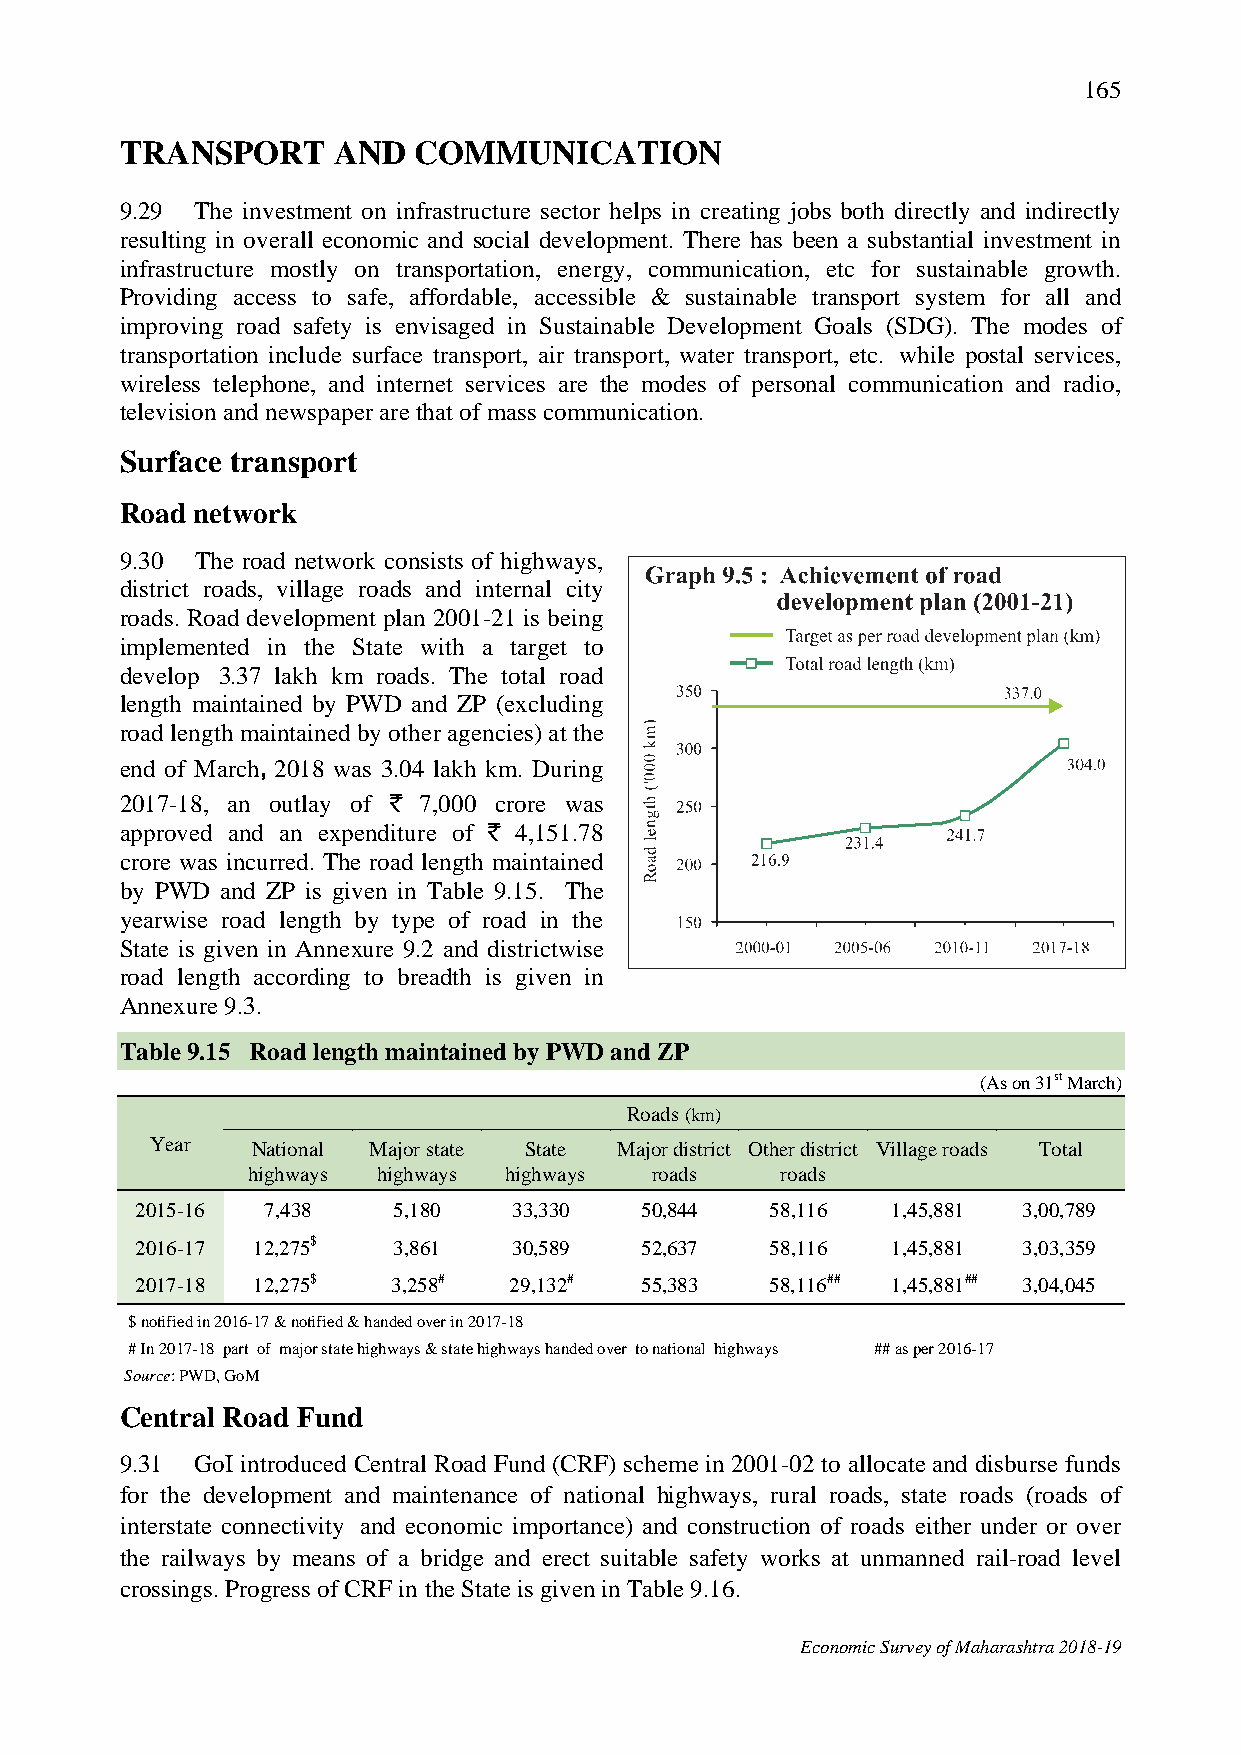
165
 TRANSPORT     AND  COMMUNICATION
 9.29 The investment on infrastructure sector helps in creating jobs both directly and indirectly
 resulting in overall economic and social development. There has been a substantial investment in
 infrastructure mostly on transportation, energy, communication, etc for sustainable growth.
 Providing access to safe, affordable, accessible & sustainable transport system for all and
 improving road safety is envisaged in Sustainable Development Goals (SDG). The modes of
 transportation include surface transport, air transport, water transport, etc. while postal services,
 wireless telephone, and internet services are the modes of personal communication and radio,
 television and newspaper are that of mass communication.
 Surface transport
 Road network
 9.30 The road network consists of highways,
 district roads, village roads and internal city
 roads. Road development plan 2001-21 is being
 implemented in the State with a target to
 develop 3.37 lakh km roads. The total road
 length maintained by PWD and ZP (excluding
 road length maintained by other agencies) at the
 end of March, 2018 was 3.04 lakh km. During
 2017-18, an outlay of ` 7,000 crore was
 approved and an expenditure of ` 4,151.78
 crore was incurred. The road length maintained
 by PWD and ZP is given in Table 9.15. The
 yearwise road length by type of road in the
 State is given in Annexure 9.2 and districtwise
 road length according to breadth is given in
 Annexure 9.3.
 Table 9.15 Road length maintained by PWD and ZP
 (As on 31st March)
 Roads (km)
 Year   National Major state State Major district Other district Village roads Total
 highways highways highways roads    roads
 2015-16  7,438   5,180   33,330  50,844   58,116  1,45,881 3,00,789
 2016-17 12,275$  3,861   30,589  52,637   58,116  1,45,881 3,03,359
 2017-18 12,275$  3,258#  29,132# 55,383   58,116## 1,45,881## 3,04,045
 $ notified in 2016-17 & notified & handed over in 2017-18
 # In 2017-18 part of major state highways & state highways handed over to national highways ## as per 2016-17
 Source: PWD, GoM
 Central Road Fund
 9.31 GoI introduced Central Road Fund (CRF) scheme in 2001-02 to allocate and disburse funds
 for the development and maintenance of national highways, rural roads, state roads (roads of
 interstate connectivity and economic importance) and construction of roads either under or over
 the railways by means of a bridge and erect suitable safety works at unmanned rail-road level
 crossings. Progress of CRF in the State is given in Table 9.16.
 Economic Survey of Maharashtra 2018-19